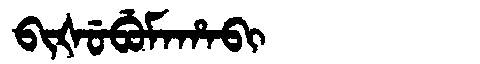
Manchu: ᠪᡳᡧᡠᠪᡠᠮᠠᡥᠠᠪᡳ
Romanization: BIŠUBUMAHABI